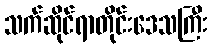
သက်ဆိုင်ရာတိုင်းဒေသကြီး